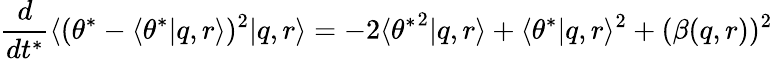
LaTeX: \frac{d}{dt^{*}}\langle(\theta^{*}-\langle\theta^{*}|q,r\rangle)^{2}|q,r\rangle=-2\langle{\theta^{*}}^{2}|q,r\rangle+\langle{\theta^{*}}|q,r\rangle^{2}+(\beta(q,r))^{2}